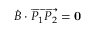
{ \dot { B } } \cdot \overrightarrow { P _ { 1 } P _ { 2 } } = { \bf 0 }